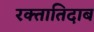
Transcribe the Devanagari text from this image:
रक्तातिदाब